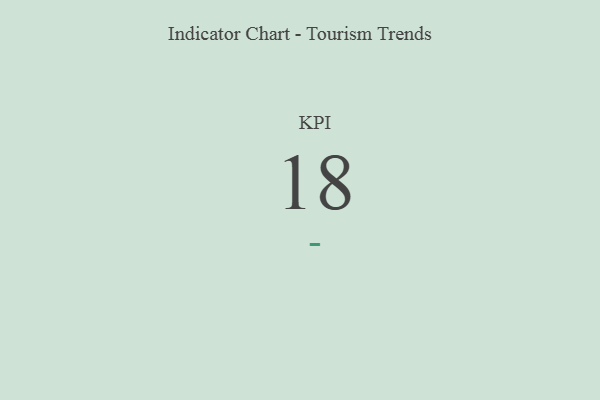
{"axis": {"x": "KPI", "y": "Value"}, "legend": [""], "data": [{"x": "KPI", "y": 18, "type": ""}]}